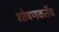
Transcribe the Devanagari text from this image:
शोषणकर्तेच